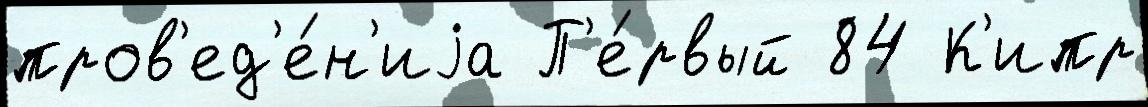
пров'ед'е́н'иjа П'е́рвый 84 К'ипр